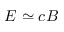
E \simeq c B